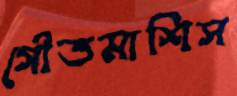
গৌতমাশিস